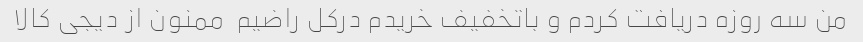
من سه روزه دریافت کردم و باتخفیف خریدم درکل راضیم  ممنون از دیجی کالا